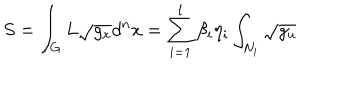
S = \int _ { G } L \sqrt { g _ { x } } d ^ { n } x = \sum _ { i = 1 } ^ { l } \beta _ { i } \eta _ { i } \int _ { N _ { i } } \sqrt { g _ { u } }